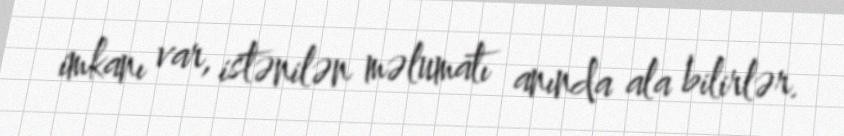
imkanı var, istənilən məlumatı anında ala bilirlər.